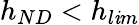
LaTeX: h_{ND}<h_{l\mathit{i}m}